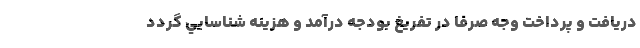
دريافت و پرداخت وجه صرفاً در تفريغ بودجه درآمد و هزينه شناسايي گردد